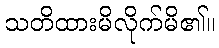
သတိထားမိလိုက်မိ၏။